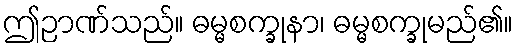
ဤဉာဏ်သည်။ ဓမ္မစက္ခုနာ၊ ဓမ္မစက္ခုမည်၏။